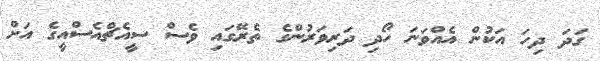
ގަދަ ދިހަ އަކުން އެއްވަނަ ހޯދި ދަރިވަރުންގެ ތެރޭގައި ވެސް ސީއެޗްއެސްއީގެ އަށް